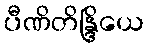
ပီဏိတိန္ဒြိယေ